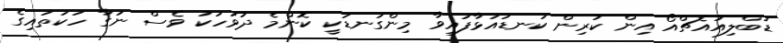
ޑަބްލިއުއެޗްއޯ އިން ކުރިން ކަނޑައަޅާފައިވާ މިންގަނޑަކީ ކޮންމެ ދުވަހަކު ވެސް ނަގާ ހަކަތައިގެ